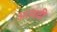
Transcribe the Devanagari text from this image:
आमदी